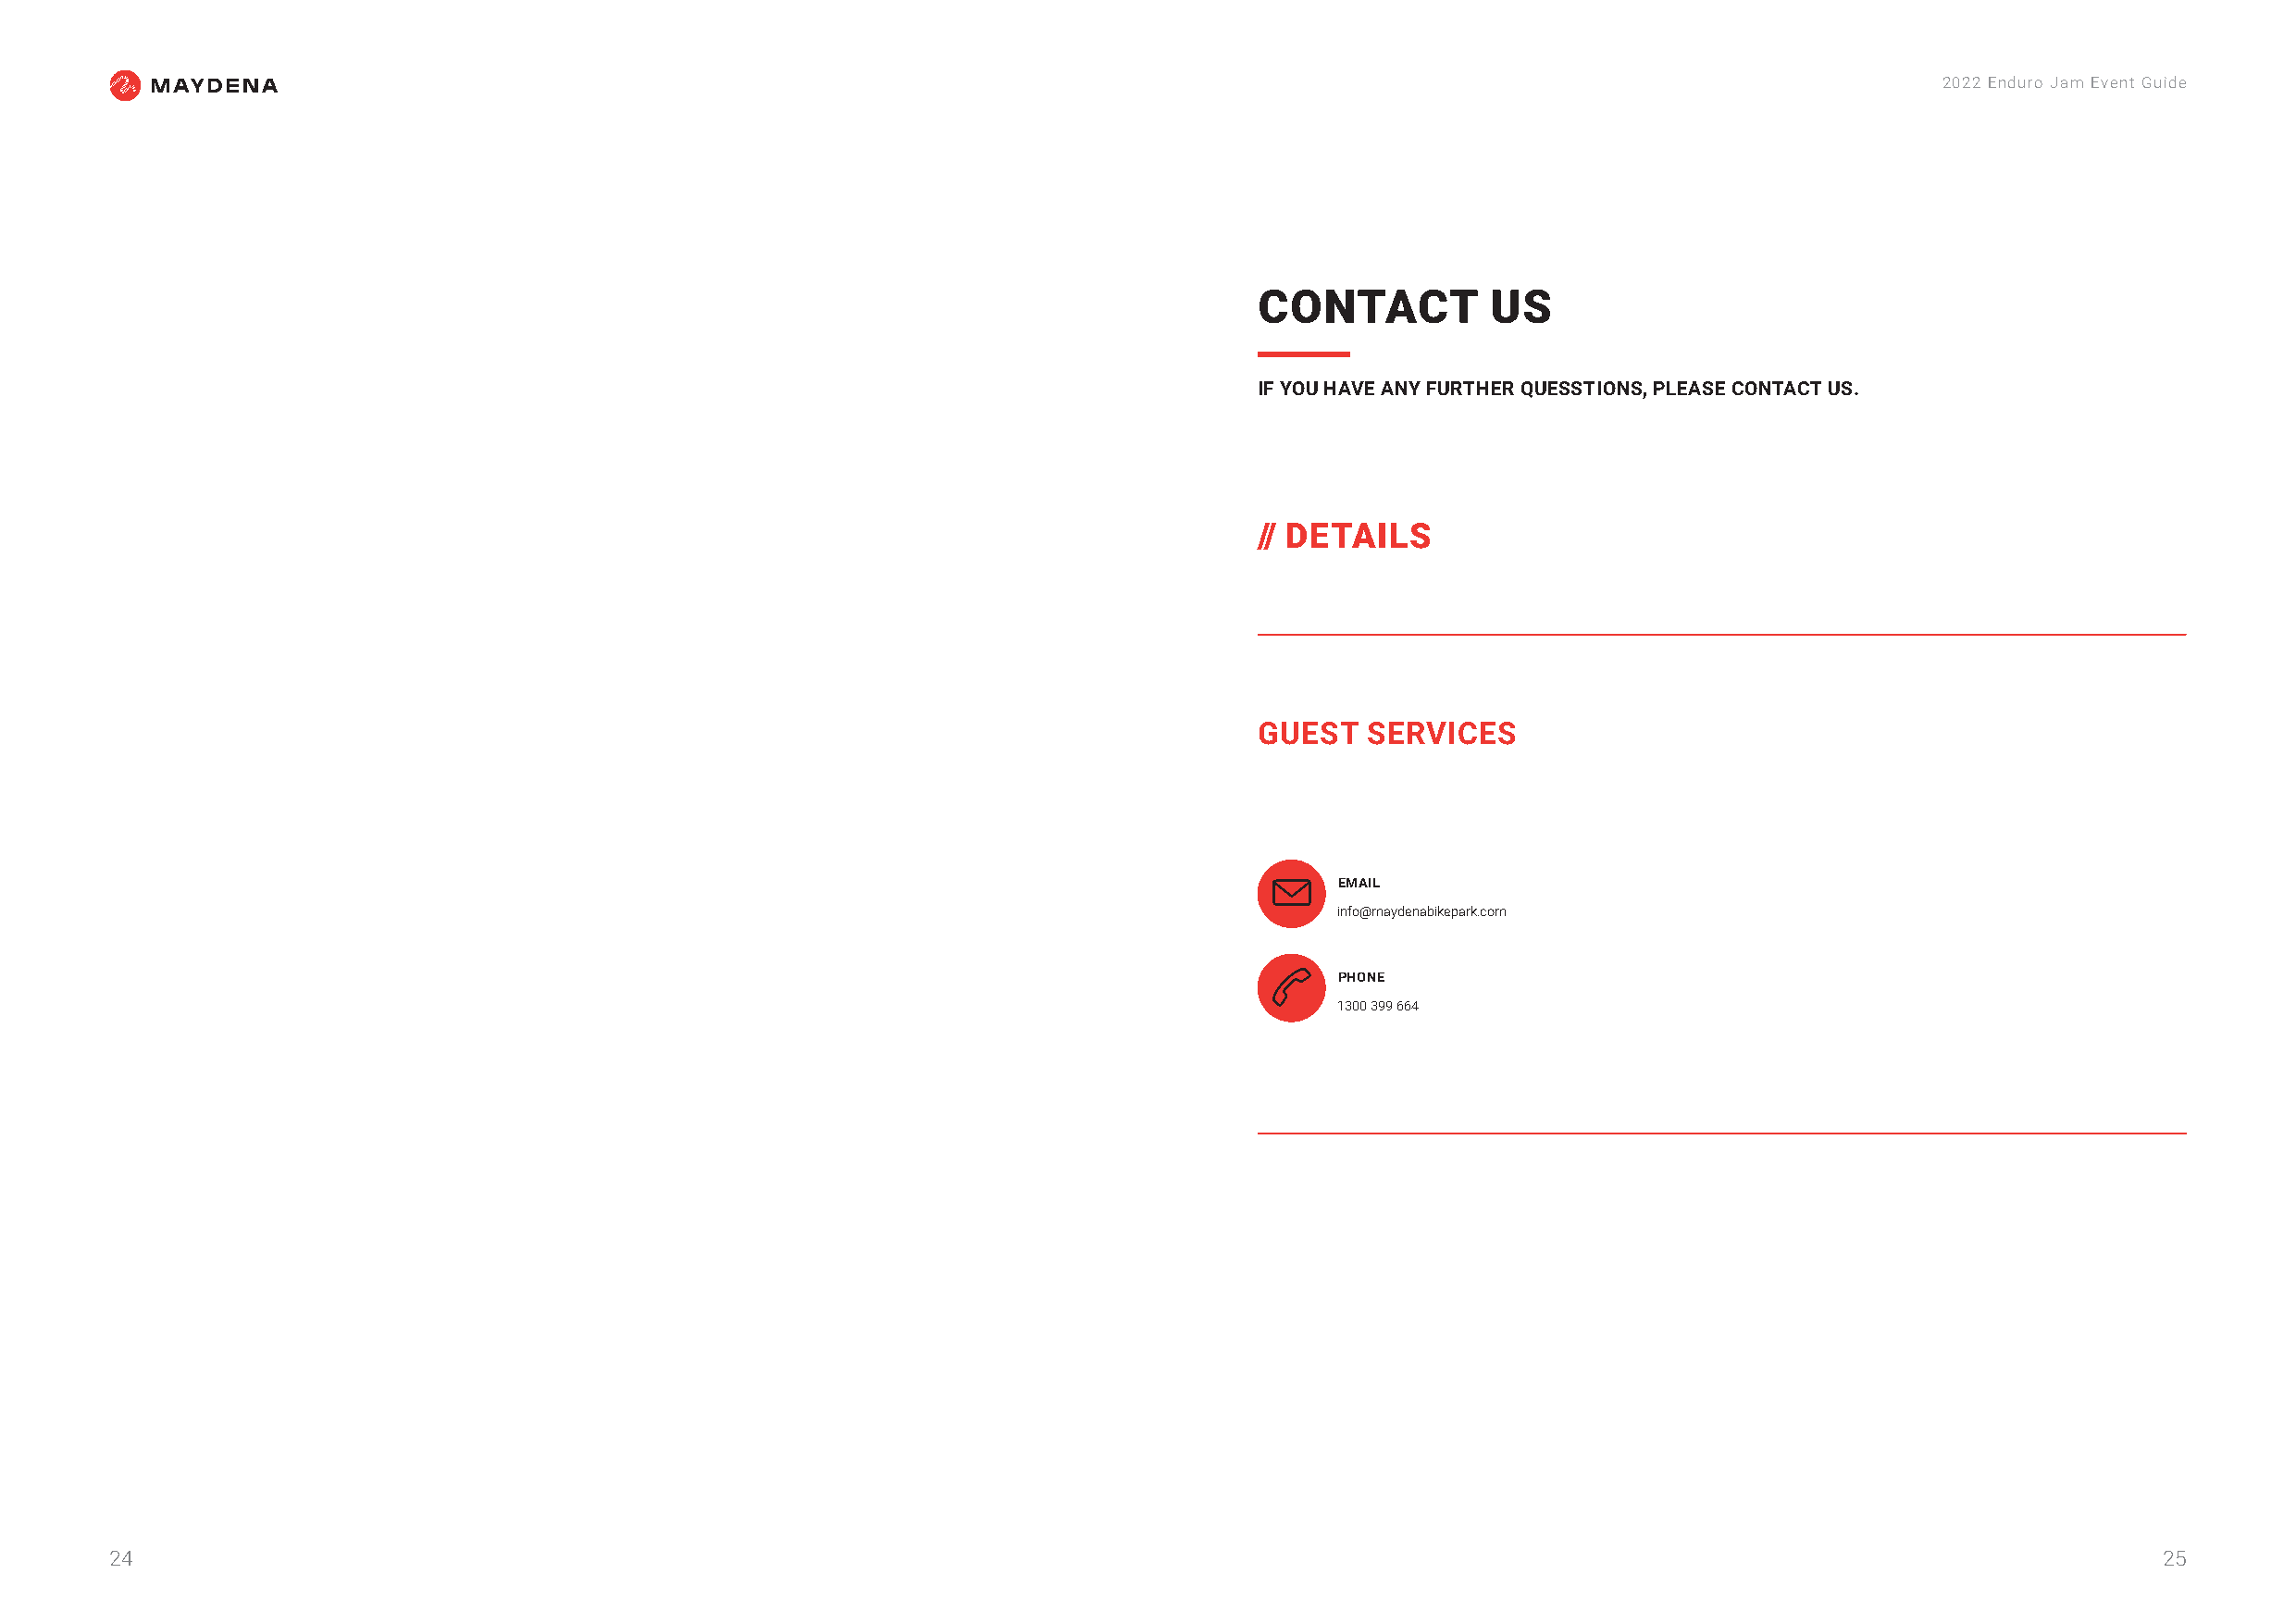
2022 Enduro Jam Event Guide
 CONTACT          US
 IF YOU HAVE ANY FURTHER QUESSTIONS, PLEASE CONTACT US.
 // DETAILS
 GUEST   SERVICES
     EMAIL
 info@maydenabikepark.com
     PHONE
 1300 399 664
 24                                                                                                                                                 25